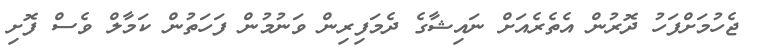
ޖެހުމަށްފަހު ދޮރުން އެތެރެއަށް ނަައިޝާގެ ދެމަފިރިން ވަނުމުން ފަހަތުން ކަމާލް ވެސް ފޮށި